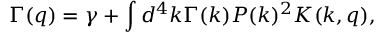
\Gamma ( q ) = \gamma + \int d ^ { 4 } k \Gamma ( k ) P ( k ) ^ { 2 } K ( k , q ) ,